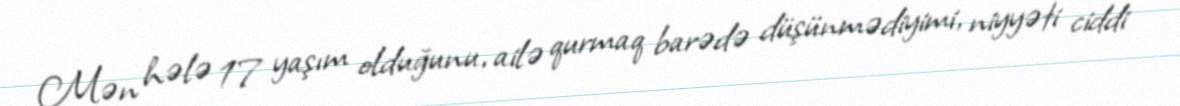
Mən hələ 17 yaşım olduğunu, ailə qurmaq barədə düşünmədiyimi, niyyəti ciddi